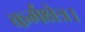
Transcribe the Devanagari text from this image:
कर्मक्षेत्र।